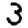
Digit: 3